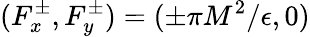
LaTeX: (F_{x}^{\pm},F_{y}^{\pm})=(\pm\pi M^{2}/\epsilon,0)